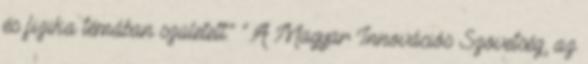
és fizika témában született." ".A Magyar Innovációs Szövetség, az